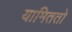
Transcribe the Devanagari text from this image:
यामिततो